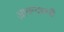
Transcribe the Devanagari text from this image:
आनन्दरुपी